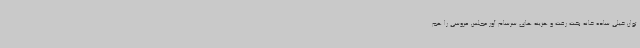
توان خیلی ساده خانه بخت رفت و هزینه های سرسام آور مجلس عروسی را هم